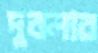
দুবলার